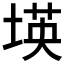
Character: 𡎘